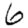
Digit: 6